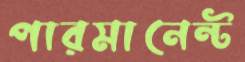
পারমানেন্ট